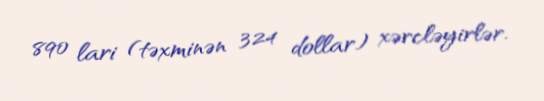
890 lari (təxminən 324 dollar) xərcləyirlər.